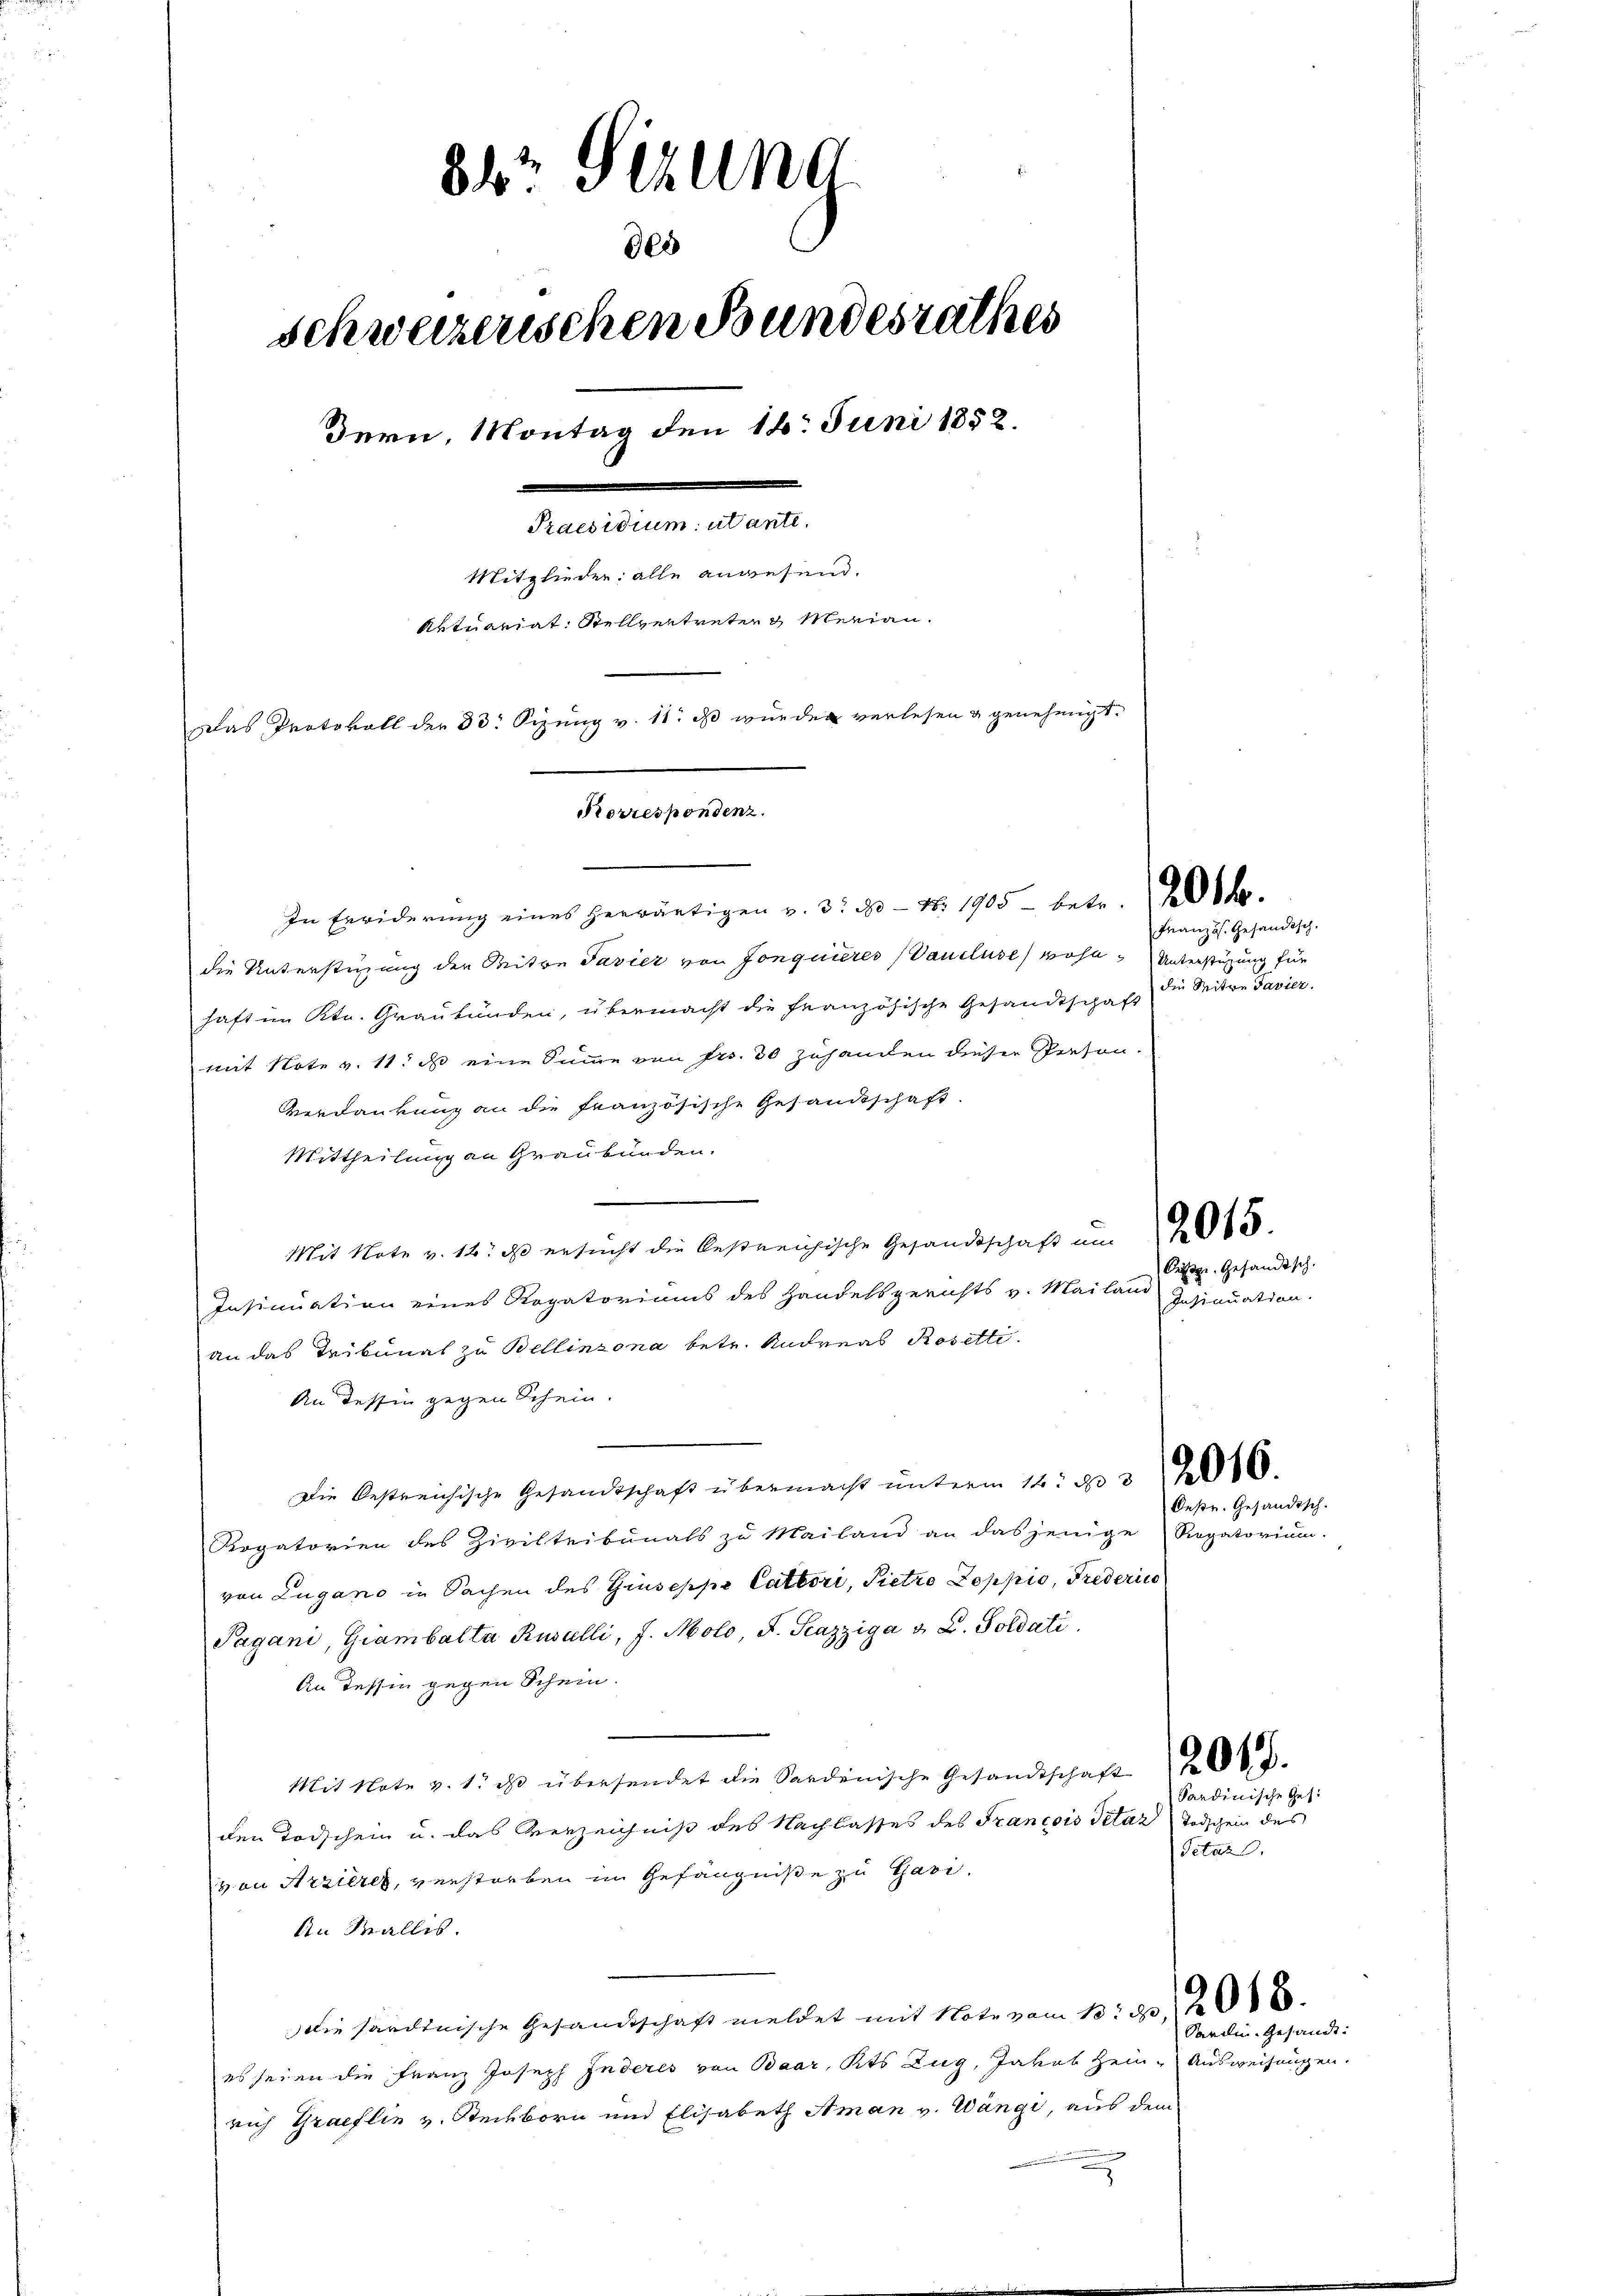
der Gerung
des
schweizerischen Bundesrathes
Bern, Montag den 14. Juni 1852.
Praesidium utante.
Mitglieder: alle anwesend.
Aktuariat Stellvertreten & Merian¬
Das Protokoll der 33. Sizung v. 11. ds wurden verlesen & genehmigt.

Korrespondenz.

In Erwiderŭng eines herwärtigen v. 3. 20 - No. 1905 betr. d.
die Unterstüzung der Seiten Pavier von Jonquieres (Vaucluse wohl. Unterstützung für
haft im Ktn. Graubünden, übermacht die französische Gesandtschaft
mit Note v. 11. ds eine Summe von Frs. 30 zuhanden dieser Person-
Verdankung an die französische Gesandtschaft
Mittheilung an Graubünden.
Mit Note v. 14. ds ersŭcht die Oestreichische Gesandtschaft am 26
Insinuation eines Rogatoriums des Handelsgerichts v. Mailand
an das Tribunal zu Bellinzona betr. Andreas Rosetti.
An dessin gegen Schein.
Die bestreichische Gesandtschaft übermacht unterm 12. d. 310.
Rogatorien des Zivilteibunals zu Mailand an dasjenige Regatorium.
von Lugano in Sachen des Giuseppe Catbori, Pietro Poppio, Frederic
Pagani, Giambalta Rusulli, J. Molo, F. Pazziga v. L. Goldati
An Tessin gegen Schein.
Mit Note v. 1. ds übersendet die Sardinische Gesandtschaft 20.
den Todschein u. das Verzeichniß des Nachlasses des Francois Petaz Todschein des
von Arzieres, verstorben im Gefängniße zu Tari
An Wallis.
die sardinische Gesandtschaft meldet mit Note vom 13. d.
es seien die Franz Joseph Inderes von Baar, Kts Zug, Jakob Hein-Ausweisungen.
rich Graeflin v. Steckborn und Elisabeth Aman v. Wange, aus dem

Französ. Gesandtsch.
die Witwe Javier.

Pesige Gesandtsch.
Insinuation.

Deße. Gesandtsch.

Sardinische Ges.
Petar.

Sardin. Gesandt.